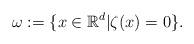
LaTeX: \begin{align*} \omega := \{ x \in \mathbb{R}^{d} | \zeta(x)=0 \}.\end{align*}